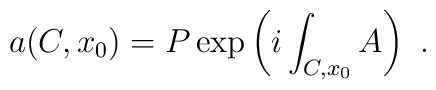
a(C,x_0)= P\exp\left(i\int_{C,x_0} A\right)~.